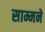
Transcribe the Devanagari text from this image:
साम्मने